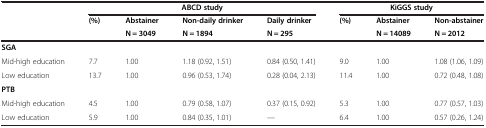
<table><thead><tr><td rowspan="3"><b> </b></td><td colspan="4"><b>ABCD study</b></td><td colspan="2"><b>KiGGS study</b></td><td><b> </b></td></tr><tr><td rowspan="2"><b>(%)</b></td><td><b>Abstainer</b></td><td><b>Non-daily drinker</b></td><td><b>Daily drinker</b></td><td><b>(%)</b></td><td><b>Abstainer</b></td><td><b>Non-abstainer</b></td></tr><tr><td><b>N = 3049</b></td><td><b>N = 1894</b></td><td><b>N = 295</b></td><td><b> </b></td><td><b>N = 14089</b></td><td><b>N = 2012</b></td></tr></thead><tbody><tr><td><b>SGA</b></td><td> </td><td> </td><td> </td><td> </td><td> </td><td> </td><td> </td></tr><tr><td>Mid-high education</td><td>7.7</td><td>1.00</td><td>1.18 (0.92, 1.51)</td><td>0.84 (0.50, 1.41)</td><td>9.0</td><td>1.00</td><td>1.08 (1.06, 1.09)</td></tr><tr><td>Low education</td><td>13.7</td><td>1.00</td><td>0.96 (0.53, 1.74)</td><td>0.28 (0.04, 2.13)</td><td>11.4</td><td>1.00</td><td>0.72 (0.48, 1.08)</td></tr><tr><td><b>PTB</b></td><td> </td><td> </td><td> </td><td> </td><td> </td><td> </td><td> </td></tr><tr><td>Mid-high education</td><td>4.5</td><td>1.00</td><td>0.79 (0.58, 1.07)</td><td>0.37 (0.15, 0.92)</td><td>5.3</td><td>1.00</td><td>0.77 (0.57, 1.03)</td></tr><tr><td>Low education</td><td>5.9</td><td>1.00</td><td>0.84 (0.35, 1.01)</td><td>---</td><td>6.4</td><td>1.00</td><td>0.57 (0.26, 1.24)</td></tr></tbody></table>